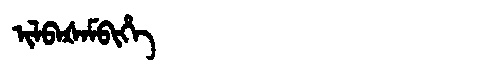
Manchu: ᡳᠯᠪᠠᡧᠠᠮᠪᡳᡥᡝ
Romanization: ILBAŠAMBIHE